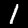
Label: 1